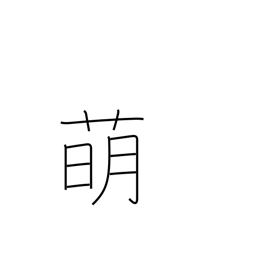
Meaning: malt